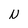
Character: N